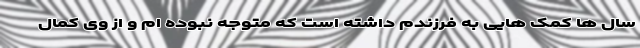
سال ها کمک هایی به فرزندم داشته است که متوجه نبوده ام و از وی کمال